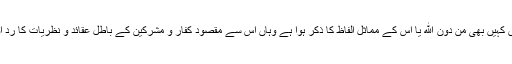
مِنْ دُوْنِ اللهِ کی حقیقی مراد قرآن مجید میں جہاں کہیں بھی مِنْ دُوْنِ اللهِ یا اس کے مماثل الفاظ کا ذکر ہوا ہے وہاں اس سے مقصود کفار و مشرکین کے باطل عقائد و نظریات کا رد اور معبودانِ باطلہ کی بے وقعتی کا اظہار ہے۔